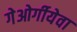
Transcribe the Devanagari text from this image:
गेओर्गीयेवा